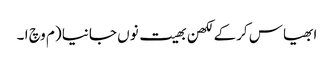
ابھیاس کرکے لکھن بھیت نوں جانیا (م وچ ا ۔